Annual administration report of the Civil Veterinary Department of India - 1897-1898
Year: 1897
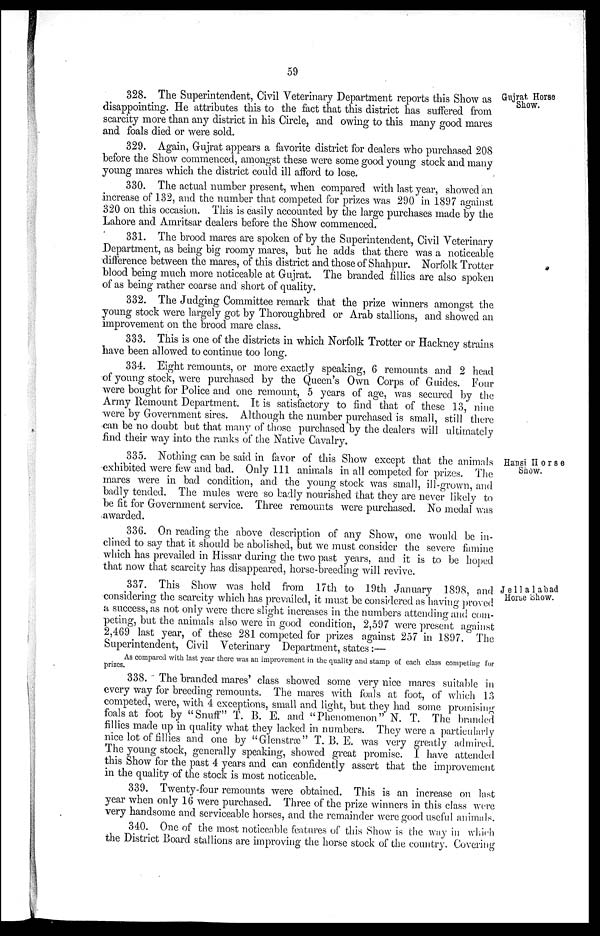
59
Gujrat Horse
Show.
328. The Superintendent, Civil Veterinary Department reports this Show as
disappointing. He attributes this to the fact that this district has suffered from
scarcity more than any district in his Circle, and owing to this many good mares
and foals died or were sold.
329. Again, Gujrat appears a favorite district for dealers who purchased 208
before the Show commenced, amongst these were some good young stock and many
young mares which the district could ill afford to lose.
330. The actual number present, when compared with last year, showed an
increase of 132, and the number that competed for prizes was 290 in 1897 against
320 on this occasion. This is easily accounted by the large purchases made by the
Lahore and Amritsar dealers before the Show commenced.
331. The brood mares are spoken of by the Superintendent, Civil Veterinary
Department, as being big roomy mares, but he adds that there was a noticeable
difference between the mares, of this district and those of Shahpur. Norfolk Trotter
blood being much more noticeable at Gujrat. The branded fillies are also spoken
of as being rather coarse and short of quality.
332. The Judging Committee remark that the prize winners amongst the
young stock were largely got by Thoroughbred or Arab stallions, and showed an
improvement on the brood mare class.
333. This is one of the districts in which Norfolk Trotter or Hackney strains
have been allowed to continue too long.
334. Eight remounts, or more exactly speaking, 6 remounts and 2 head
of young stock, were purchased by the Queen's Own Corps of Guides. Four
were bought for Police and one remount, 5 years of age, was secured by the
Army Remount Department. It is satisfactory to find that of these 13, nine
were by Government sires. Although the number purchased is small, still there
can be no doubt but that many of those purchased by the dealers will ultimately
find their way into the ranks of the Native Cavalry.
Hansi Horse
Show.
335. Nothing can be said in favor of this Show except that the animals
exhibited were few and bad. Only 111 animals in all competed for prizes. The
mares were in bad condition, and the young stock was small, ill-grown, and
badly tended. The mules were so badly nourished that they are never likely to
be fit for Government service. Three remounts were purchased. No medal was
awarded.
336. On reading the above description of any Show, one would be in-
clined to say that it should be abolished, but we must consider the severe famine
which has prevailed in Hissar during the two past years, and it is to be hoped
that now that scarcity has disappeared, horse-breeding will revive.
Jellalabad
Horse Show.
337. This Show was held from 17th to 19th January 1898, and
considering the scarcity which has prevailed, it must be considered as having proved
a success, as not only were there slight increases in the numbers attending and com-
peting, but the animals also were in good condition, 2,597 were present against
2,469 last year, of these 281 competed for prizes against 257 in 1897. The
Superintendent, Civil Veterinary Department, states:—
As compared with last year there was an improvement in the quality and stamp of each class competing for
prizes.
338. The branded mares' class showed some very nice mares suitable in
every way for breeding remounts. The mares with foals at foot, of which 13
competed, were, with 4 exceptions, small and light, but they had some promising
foals at foot by "Snuff" T. B. E. and "Phenomenon" N. T. The branded
fillies made up in quality what they lacked in numbers. They were a particularly
nice lot of fillies and one by "Glenstræ" T. B. E. was very greatly admired.
The young stock, generally speaking, showed great promise. I have attended
this Show for the past 4 years and can confidently assert that the improvement
in the quality of the stock is most noticeable.
339. Twenty-four remounts were obtained. This is an increase on last
year when only 16 were purchased. Three of the prize winners in this class were
very handsome and serviceable horses, and the remainder were good useful animals.
340. One of the most noticeable features of this Show is the way in which
the District Board stallions are improving the horse stock of the country. Covering